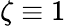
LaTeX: \zeta\equiv 1